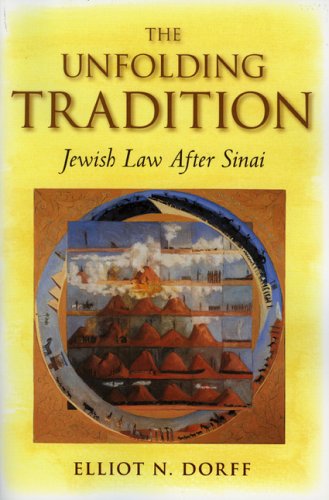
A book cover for The Unfolding Tradition: Jewish Law After Sinai; Elliot N. Dorff; Religion & Spirituality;